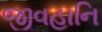
જીવહાનિ